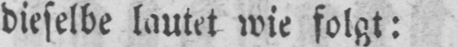
dieselbe lautet wie folgt: